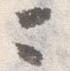
ニ